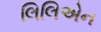
લિલિએન